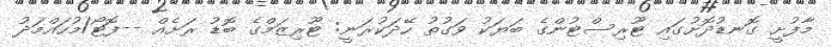
މާފުށީ ގޮނޑުދޮށުގައި ޓޫރިސްޓުންގެ ބަޔަކު ވަގުތު ހޭދަކުރަނީ: ޓޫރިޒަމްގެ ބޮޑު ރަށެއް --ފޮޓޯ/މުހައްމަދު